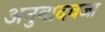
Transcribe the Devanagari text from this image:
अनुवादवजा